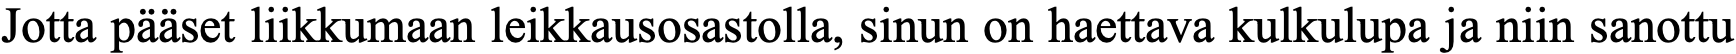
Jotta pääset liikkumaan leikkausosastolla, sinun on haettava kulkulupa ja niin sanottu